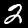
Digit: 2